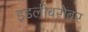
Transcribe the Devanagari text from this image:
इडलीबरोबर